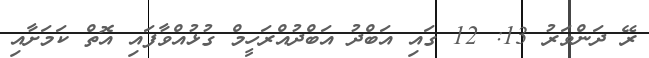
ރޭ ދަންވަރު 13: 12 ގައި އަބްދު އަބްދުއްރަހީމް ގުޅުއްވާފައި އޮތް ކަމަށާއި